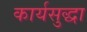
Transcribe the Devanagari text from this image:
कार्यसुद्धा